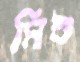
মিশু